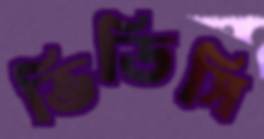
ভিডিসি